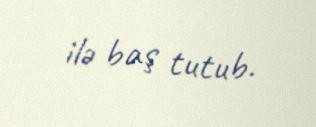
ilə baş tutub.